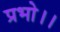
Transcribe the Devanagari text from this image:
प्रभो।।